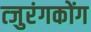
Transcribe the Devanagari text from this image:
त्जुरंगकोंग